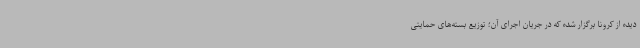
دیده از کرونا برگزار شده که در جریان اجرای آن؛ توزیع بسته‌های حمایتی